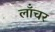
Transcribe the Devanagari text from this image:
लॉंचर